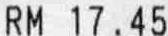
RM 17.45